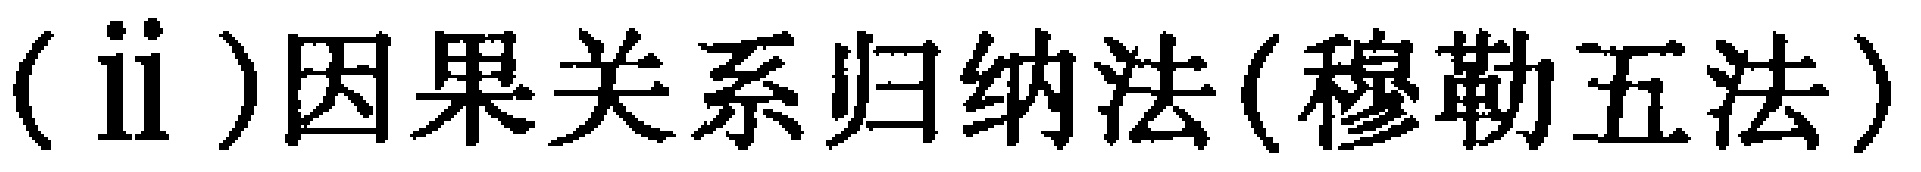
(ii)因果关系归纳法(穆勒五法)